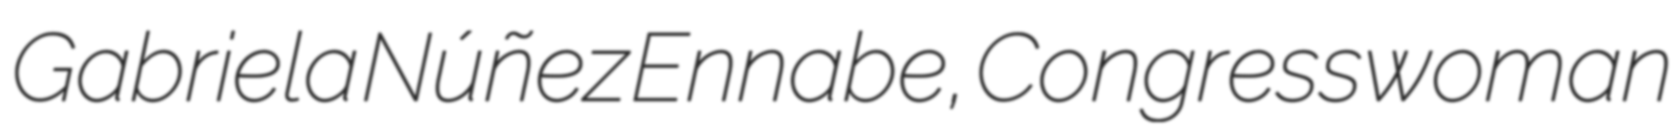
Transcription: Gabriela Núñez Ennabe, Congresswoman